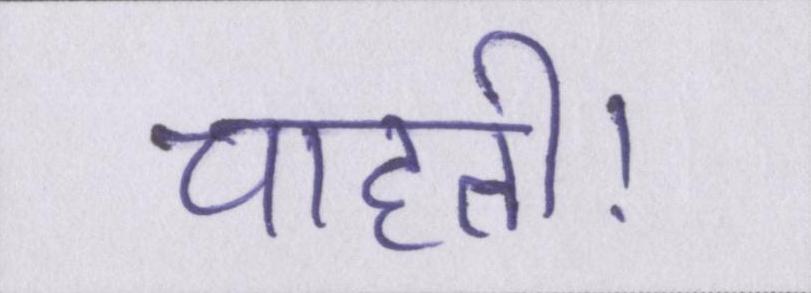
चाहती।